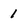
Character: 1